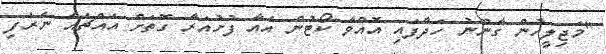
"މަޖިލީހުން ގާނޫނު ހަދާފައި އޮއްވާ ކޯޓުން އެއާ ފުށުއަރާ ގޮތަށް އެއްޗެއް ނެރެފި